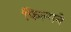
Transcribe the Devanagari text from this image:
फिल्मने